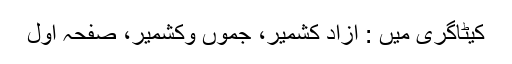
کیٹاگری میں : آزاد کشمیر، جموں وکشمیر، صفحہ اول